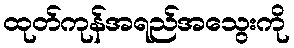
ထုတ်ကုန်အရည်အသွေးကို